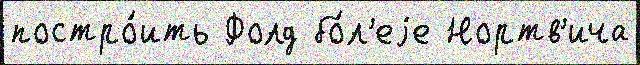
постро́ить Фолд бо́л'еjе Нортв'ича